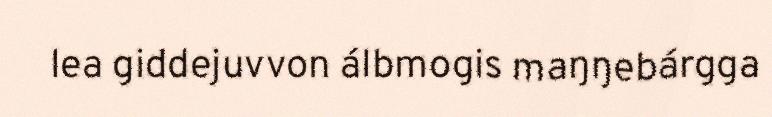
lea giddejuvvon álbmogis maŋŋebárgga